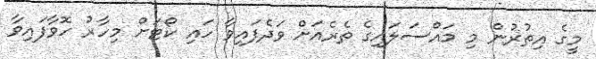
މީގެ އިތުރުން މި މައްސަލައިގެ ތެރެއަށް ވަދެފައިވާ ހައި ކޯޓަށް މިހާރު ހޮވާފައިވާ